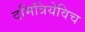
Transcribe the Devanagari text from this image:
दमित्रियेविच